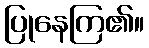
ပြုနေကြ၏။